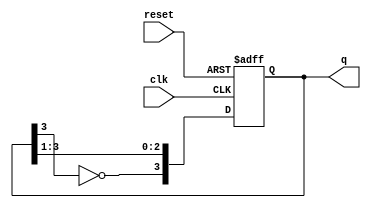
module johnson_counter #(
    parameter N = 4 // Number of flip-flops
)(
    input wire clk,       // Clock input
    input wire reset,     // Asynchronous reset
    output reg [N-1:0] q  // Output state of the counter
);

// Internal signal for the inverted output of the last flip-flop
wire inverted_last;

assign inverted_last = ~q[N-1]; // Invert the last flip-flop output

// Always block for the Johnson counter operation
always @(posedge clk or posedge reset) begin
    if (reset) begin
        q <= 0; // Reset all flip-flops to 0
    end else begin
        // Shift the values and feed the inverted last flip-flop to the first
        q <= {inverted_last, q[N-1:1]};
    end
end

endmodule